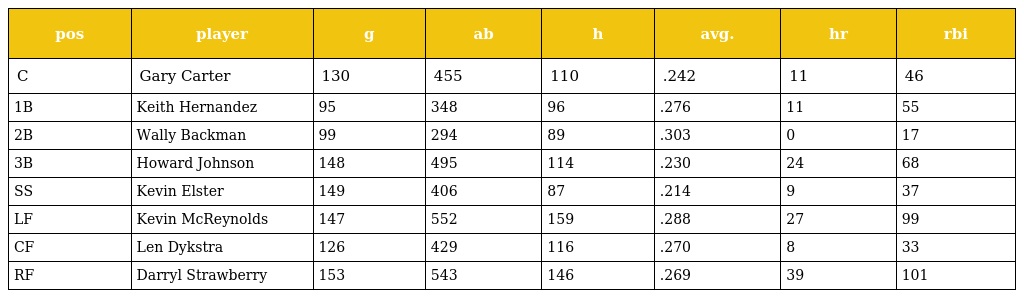
| pos | player | g | ab | h | avg. | hr | rbi |
 | --- | --- | --- | --- | --- | --- | --- | --- |
 | C | Gary Carter | 130 | 455 | 110 | .242 | 11 | 46 |
 | 1B | Keith Hernandez | 95 | 348 | 96 | .276 | 11 | 55 |
 | 2B | Wally Backman | 99 | 294 | 89 | .303 | 0 | 17 |
 | 3B | Howard Johnson | 148 | 495 | 114 | .230 | 24 | 68 |
 | SS | Kevin Elster | 149 | 406 | 87 | .214 | 9 | 37 |
 | LF | Kevin McReynolds | 147 | 552 | 159 | .288 | 27 | 99 |
 | CF | Len Dykstra | 126 | 429 | 116 | .270 | 8 | 33 |
 | RF | Darryl Strawberry | 153 | 543 | 146 | .269 | 39 | 101 |